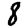
Digit: 8